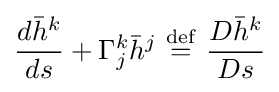
{d{\bar {h}}^{k} \over ds}+\Gamma _{j}^{k}{\bar {h}}^{j}\ {\stackrel {\mathrm {def} }{=}}\ {D{\bar {h}}^{k} \over Ds}